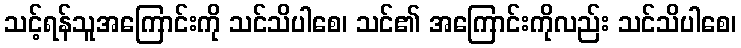
သင့်ရန်သူအကြောင်းကို သင်သိပါစေ၊ သင်၏ အကြောင်းကိုလည်း သင်သိပါစေ၊